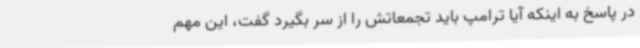
در پاسخ به اینکه آیا ترامپ باید تجمعاتش را از سر بگیرد گفت، این مهم